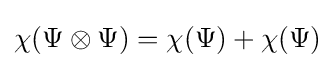
\chi (\Psi \otimes \Psi )=\chi (\Psi )+\chi (\Psi )